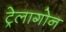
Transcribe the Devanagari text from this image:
ट्रेलागोन